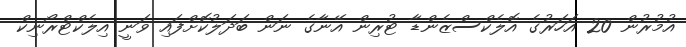
އުމުރުން 20 އަހަރުގެ އޮލެކްސްޒެންޑާ ޓުރިން އޭނާގެ ނަން ބަދަލުކޮށްފައި ވަނީ އިލެކްޓްރޯނިކް